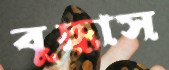
বুদ্ধাস